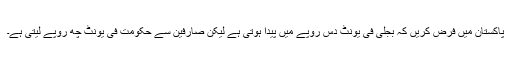
پاکستان میں فرض کریں کہ بجلی فی یونٹ دس روپے میں پیدا ہوتی ہے لیکن صارفین سے حکومت فی یونٹ چھ روپے لیتی ہے۔